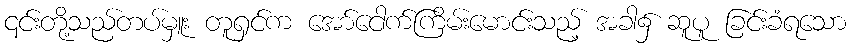
၎င်းတို့သည်တပ်မှူး တူရှင်က အော်ငေါက်ကြိမ်းမောင်းသည့် အခါ၌ ဆူပူ ခြင်းခံရသော